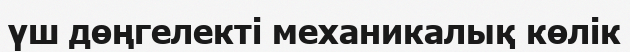
үш дөңгелекті механикалық көлік